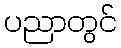
ပညာတွင်